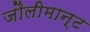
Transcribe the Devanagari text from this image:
जौलीमान्‍ट